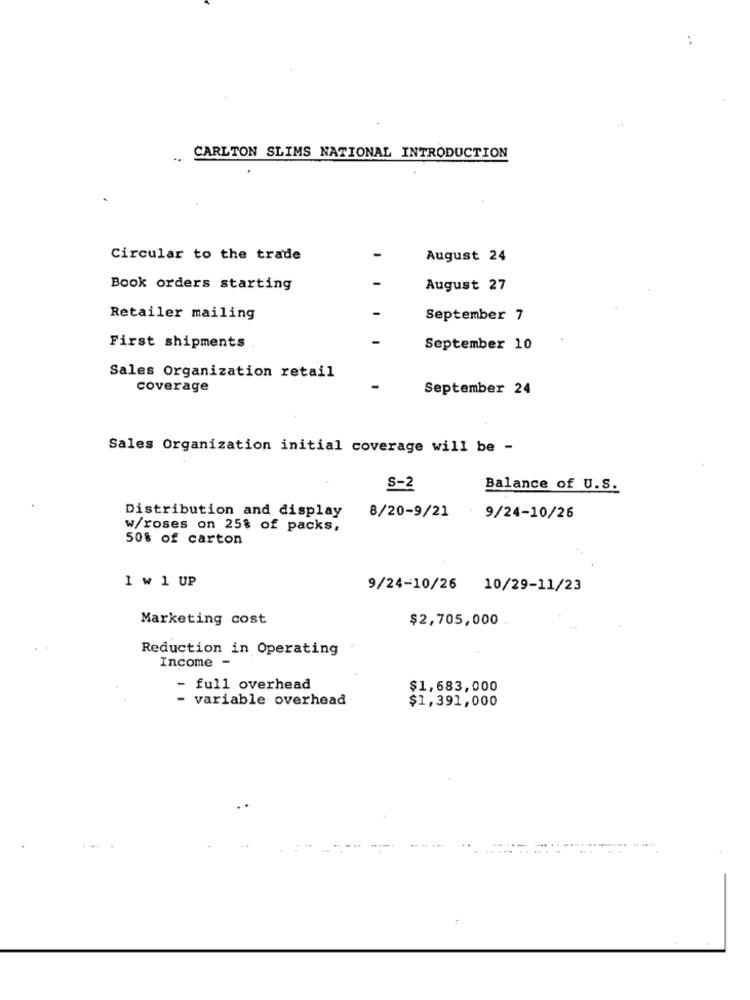
..
..
CARLTON SLIMS NATIONAL INTRODUCTION
Circular to the trade
August 24
Book orders starting
August 27
Retailer mailing
September 7
First shipments
September 10
Sales Organization retail
coverage
September 24
Sales Organization initial coverage will be -
S-2
Balance of U.S.
Distribution and display
8/20-9/21
9/24-10/26
w/roses on 25% of packs,
50% of carton
1 w 1 UP
9/24-10/26 10/29-11/23
Marketing cost
$2,705,000
Reduction in Operating
Income -
- full overhead
$1,683,000
- variable overhead
$1,391,000